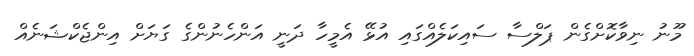
މޫނު ނިވާކޮށްގެން ޕަލްސާ ސައިކަލެއްގައި އުޅޭ އެމީހާ ދަނީ އަންހެނުންގެ ގަޔަށް އިންޖެކްޝަނެއް